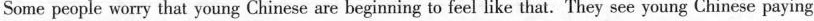
Some people worry that young Chinese are beginning to feel like that. They see young Chinese paying